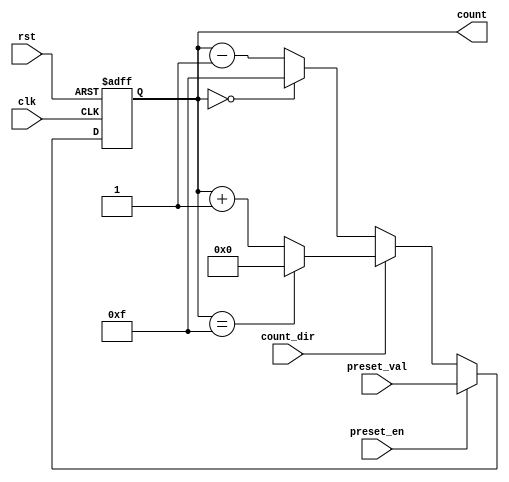
module presettable_counter (
    input wire clk,            // Clock signal
    input wire rst,            // Asynchronous reset
    input wire preset_en,      // Preset enable
    input wire [N-1:0] preset_val, // Preset value input
    input wire count_dir,      // Count direction (1 = up, 0 = down)
    output reg [N-1:0] count   // Current count value
);
    parameter N = 4; // Change N to the desired bit-width of the counter

    // Define the maximum count value for wrap-around logic
    localparam MAX_COUNT = (1 << N) - 1; // Maximum value for N bits

    // Sequential logic to handle counting
    always @(posedge clk or posedge rst) begin
        if (rst) begin
            count <= 0; // Reset the count to 0
        end else if (preset_en) begin
            count <= preset_val; // Load the preset value
        end else begin
            if (count_dir) begin
                // Counting Up
                if (count == MAX_COUNT) begin
                    count <= 0; // Wrap around to 0
                end else begin
                    count <= count + 1; // Increment count
                end
            end else begin
                // Counting Down
                if (count == 0) begin
                    count <= MAX_COUNT; // Wrap around to MAX_COUNT
                end else begin
                    count <= count - 1; // Decrement count
                end
            end
        end
    end
endmodule